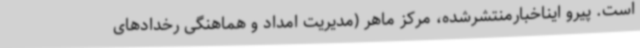
است. پیرو ایناخبارمنتشرشده، مرکز ماهر (مدیریت امداد و هماهنگی رخدادهای